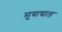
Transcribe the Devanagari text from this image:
मूत्राघात